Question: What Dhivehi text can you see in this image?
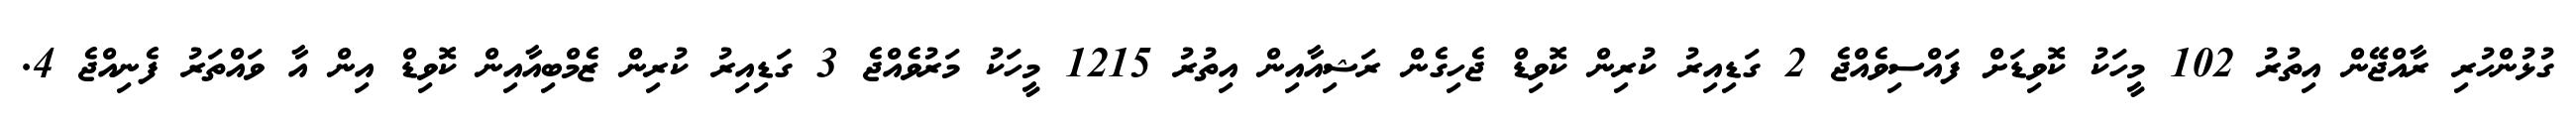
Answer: ގުޅުންހުރި ރާއްޖޭން އިތުރު 102 މީހަކު ކޮވިޑަށް ފައްސިވެއްޖެ 2 ގަޑިއިރު ކުރިން ކޮވިޑް ޖެހިގެން ރަޝިއާއިން އިތުރު 1215 މީހަކު މަރުވެއްޖެ 3 ގަޑިއިރު ކުރިން ޒެމްބިއާއިން ކޮވިޑް އިން އާ ވައްތަރު ފެނިއްޖެ 4.